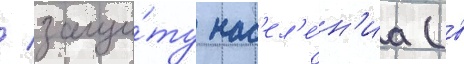
/ защи́ту нас'ел'е́н'иа (в